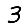
Digit: 3